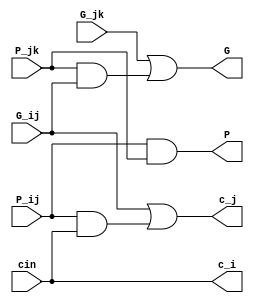
`timescale 1ns / 1ps

module bblock(
    input P_ij, G_ij, P_jk, G_jk, cin,
    output P, G, c_i, c_j
    );
    
    assign G = G_jk | (P_jk & G_ij);
    assign P = P_ij & P_jk;
    assign c_j = G_ij | (P_ij & cin);
    assign c_i = cin;
    
endmodule